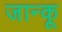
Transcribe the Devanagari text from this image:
जान्कू